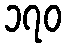
၁၇၀